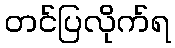
တင်ပြလိုက်ရ